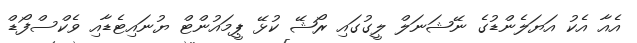
އެއާ އެކު އަޔަލެންޑުގެ ނޭޝަނަލް ލީގުގައި ރޯޝޭ ކުޅޭ ޕީމައުންޓް ޔުނައިޓެޑާއި ވެކްސްފޯޑް